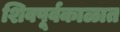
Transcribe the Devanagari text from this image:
शिवपूर्वकाळात